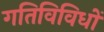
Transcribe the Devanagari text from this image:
गतिविविधों